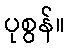
ပုစွန်။